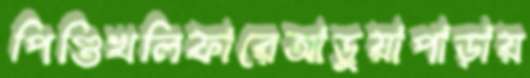
পিণ্ডিখলিফারেআড়ুয়াপাড়ায়